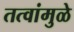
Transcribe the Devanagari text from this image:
तत्वांमुळे